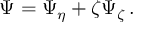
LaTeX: \Psi = \Psi _ { \eta } + \zeta \Psi _ { \zeta } \, .